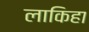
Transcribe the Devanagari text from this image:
लाकिहा